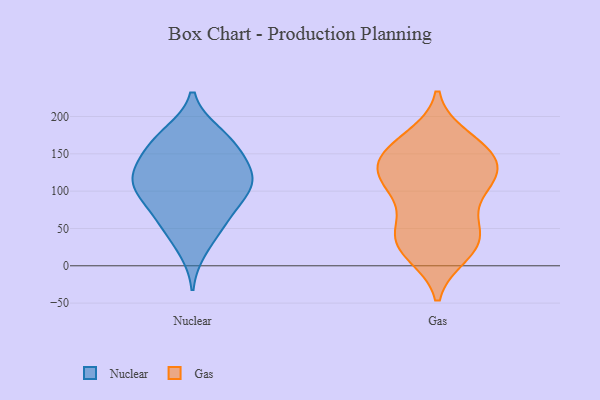
{"axis": {"x": "Waste Production (Tons)", "y": "Value"}, "legend": ["Gas", "Nuclear"], "data": [{"x": "", "y": 158, "type": "Nuclear"}, {"x": "", "y": 107, "type": "Nuclear"}, {"x": "", "y": 178, "type": "Nuclear"}, {"x": "", "y": 64, "type": "Nuclear"}, {"x": "", "y": 141, "type": "Nuclear"}, {"x": "", "y": 22, "type": "Nuclear"}, {"x": "", "y": 49, "type": "Nuclear"}, {"x": "", "y": 164, "type": "Nuclear"}, {"x": "", "y": 109, "type": "Nuclear"}, {"x": "", "y": 176, "type": "Nuclear"}, {"x": "", "y": 135, "type": "Nuclear"}, {"x": "", "y": 129, "type": "Nuclear"}, {"x": "", "y": 96, "type": "Nuclear"}, {"x": "", "y": 111, "type": "Nuclear"}, {"x": "", "y": 113, "type": "Nuclear"}, {"x": "", "y": 88, "type": "Nuclear"}, {"x": "", "y": 62, "type": "Nuclear"}, {"x": "", "y": 166, "type": "Gas"}, {"x": "", "y": 51, "type": "Gas"}, {"x": "", "y": 26, "type": "Gas"}, {"x": "", "y": 98, "type": "Gas"}, {"x": "", "y": 145, "type": "Gas"}, {"x": "", "y": 171, "type": "Gas"}, {"x": "", "y": 54, "type": "Gas"}, {"x": "", "y": 20, "type": "Gas"}, {"x": "", "y": 48, "type": "Gas"}, {"x": "", "y": 113, "type": "Gas"}, {"x": "", "y": 149, "type": "Gas"}, {"x": "", "y": 144, "type": "Gas"}, {"x": "", "y": 118, "type": "Gas"}, {"x": "", "y": 127, "type": "Gas"}, {"x": "", "y": 107, "type": "Gas"}, {"x": "", "y": 31, "type": "Gas"}, {"x": "", "y": 152, "type": "Gas"}, {"x": "", "y": 113, "type": "Gas"}, {"x": "", "y": 16, "type": "Gas"}]}